Annual returns of the Patna Lunatic Asylum at Bankipore in Bihar and Orissa - 1912-1924
Year: 1912
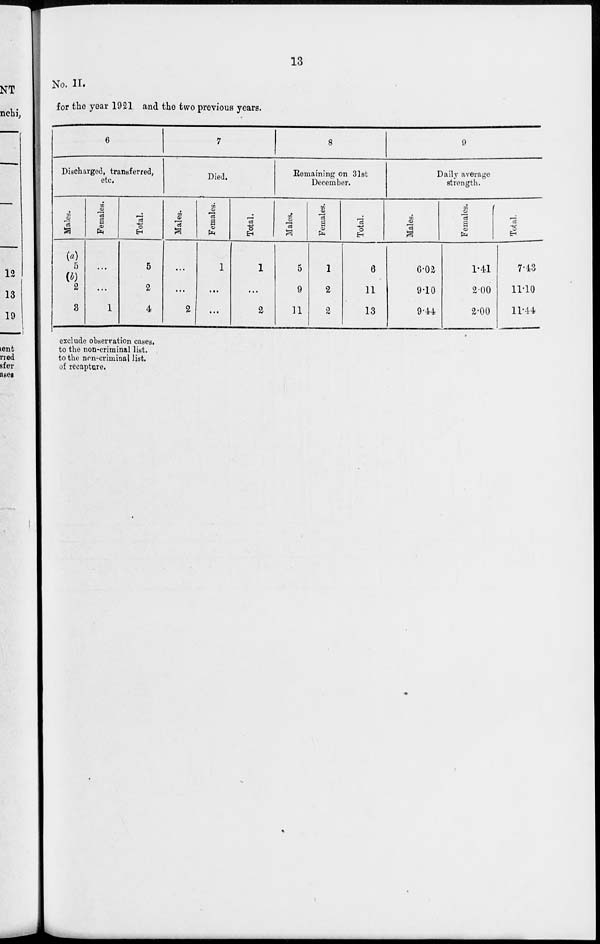
13
No. II.
for the year 1921 and the two previous years.
6
Discharged, transferred,
etc.
Males.
(a)
5
2
3
Females.
...
...
1
Total.
5
2
4
7
Died.
Males.
...
...
2
Females.
1
...
...
Total.
1
...
2
8
Remaining on 31st
December.
Males.
5
9
11
Females.
1
2
2
Total.
6
11
13
9
Daily average
strength.
Males.
6.02
9.10
9.44
Females.
1.41
2.00
2.00
Total.
7.43
11.10
11.44
exclude observation cases.
to the non-criminal list.
to the non-criminal list.
of recapture.